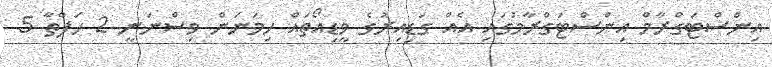
އިންސްޓަގްރާމް އިންސްޓަގްރާމުގައި އެއް ގަޑިއިރުގެ ވީޑިއޯތައް ހިމަނަން ވިސްނަނީ 2 ހަފްތާ 5